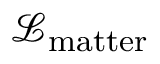
{ \mathcal { L } } _ { \mathrm { m a t t e r } }